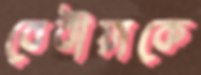
বেবীয়াকে